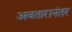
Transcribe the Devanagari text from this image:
अवतारानंतर